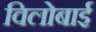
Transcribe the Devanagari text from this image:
विलोबाई